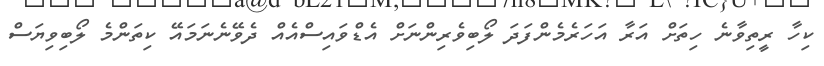
ކިހާ ރީތިވާނެ ހިތަށް އަރާ އަހަރެމެންފަދަ ލޯބިވެރިންނަށް އެޑްވައިސްއެއް ދެވޭނެނަމައޭ ކިތަންމެ ލޯބިވިޔަސް